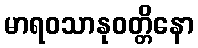
မာရဝသာနုဝတ္တိနော